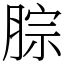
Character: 腙